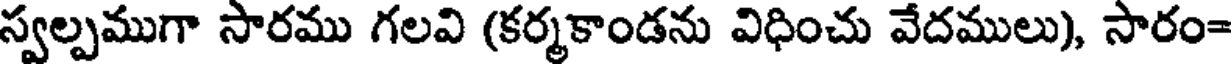
స్వల్పముగా సారము గలవి (కర్మకాండను విధించు వేదములు), సారం=